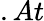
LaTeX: .At